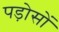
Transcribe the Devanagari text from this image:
पड़ोसों